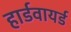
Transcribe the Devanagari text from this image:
हार्डवायर्ड